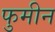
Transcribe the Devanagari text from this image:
फुमीन